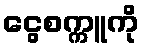
ငွေစက္ကူကို